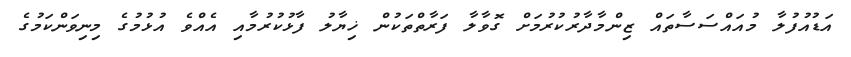
އަޑުއުފުލާ މުއައްސަސާތައް ޒިންމާދާރުކުރުމަށް ގޮވާލާ ފަރާތްތަކުން ޚިޔާލު ފާޅުކުރުމާއި އެއްވެ އުޅުމުގެ މިނިވަންކަމުގެ